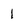
Character: 1